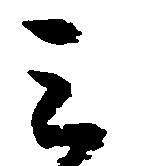
ミ